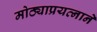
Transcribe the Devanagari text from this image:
मोठ्याप्रयत्नाने